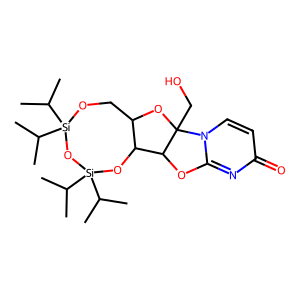
SMILES: CC(C)[Si]1(C(C)C)OCC2OC3(CO)C(Oc4nc(=O)ccn43)C2O[Si](C(C)C)(C(C)C)O1
Inhibits HIV replication: No